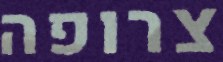
צרופה